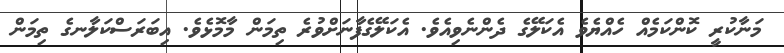
މަނާކުރީ ކޮންކަމެއް ހެއްޔެވެ އެކަލޭގެ ދެންނެވިއެވެ. އެކަލޭގެފާނަށްވުރެ ތިމަން މާމޮޅެވެ. އިބަރަސްކަލާނގެ ތިމަން